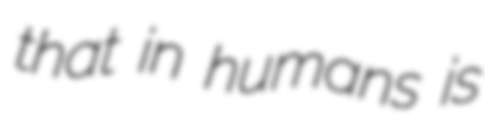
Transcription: that in humans is